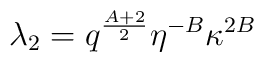
\lambda_{2}=q^{\frac{A+2}{2}}\eta^{-B}\kappa^{2B}